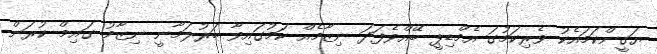
ޔަގީންކަމައެކު ވެރިކަމުގަ އެމްޑިޕީ ބޭއްވެފަދަ ނިޒާމެއް ކަމުގައިވާ ބަރުލަމާނީ ނިޒާމު ގައިމް ކުރަން